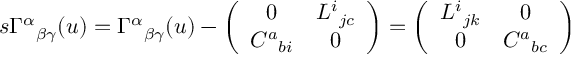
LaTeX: s \Gamma ^ { \alpha } { } _ { \beta \gamma } ( u ) = \Gamma ^ { \alpha } { } _ { \beta \gamma } ( u ) - \left( \begin{array} { c c } { { 0 } } & { { L ^ { i } { } _ { j c } } } \\ { { C ^ { a } { } _ { b i } } } & { { 0 } } \end{array} \right) = \left( \begin{array} { c c } { { L ^ { i } { } _ { j k } } } & { { 0 } } \\ { { 0 } } & { { C ^ { a } { } _ { b c } } } \end{array} \right)